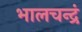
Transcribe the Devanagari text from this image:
भालचन्द्रं